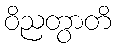
ဝိညတွာတိ